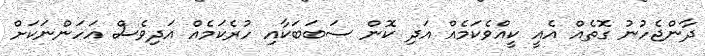
ދާންޖެހުނު ގޮތެއް އެއީ ކީއްވެކަމެއް އަދި ކޮން ސަބަބަކާއި ހުރެކަމެއް އަދިވެސް އަހަންނަކަށް